Document type: Act of concord
Year: 1255
Scribe: Pere de Terme
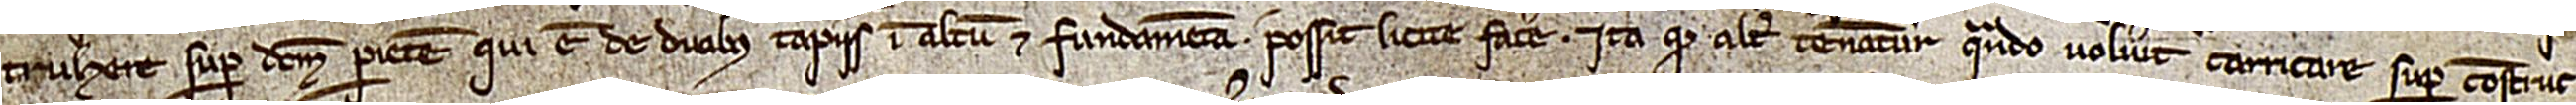
truhere super dictum parietem, qui est de duobus tapiis in altum et fundamenta, possit licite facere. Ita quod alter teneatur quando voluerit carricare siper construc-